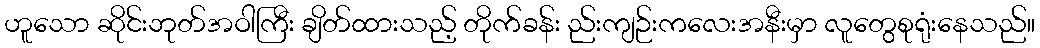
ဟူသော ဆိုင်းဘုတ်အဝါကြီး ချိတ်ထားသည့် တိုက်ခန်း ည်းကျဉ်းကလေးအနီးမှာ လူတွေစုရုံးနေသည်။